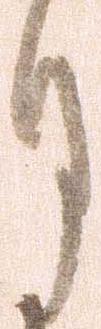
月